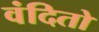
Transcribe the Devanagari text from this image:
वंदितो